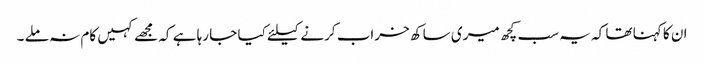
ان کا کہنا تھا کہ یہ سب کچھ میری ساکھ خراب کرنے کیلئے کیا جا رہا ہے کہ مجھے کہیں کام نہ ملے ۔